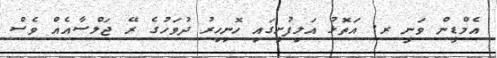
އެމްޑީން ވަނީ ރ. އަތޮޅު އަލިފުށީގައި ހޮނިހިރު ދުވަހުގެ ރޭ ޖަލްސާއެއް ވެސް